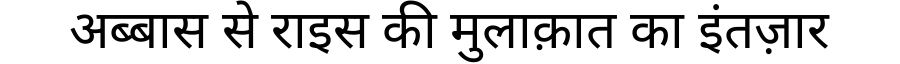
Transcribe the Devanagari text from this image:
अब्बास से राइस की मुलाक़ात का इंतज़ार